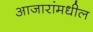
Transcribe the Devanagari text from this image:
आजारांमधील